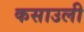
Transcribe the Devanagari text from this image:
कसाउली